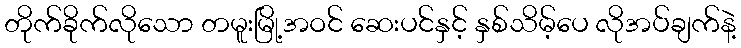
တိုက်ခိုက်လိုသော တမူးမြို့အဝင် ဆေးပင်နှင့် နှစ်သိမ့်ပေ လိုအပ်ချက်နဲ့